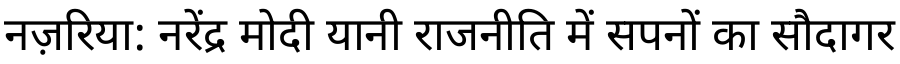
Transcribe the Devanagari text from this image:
नज़रिया: नरेंद्र मोदी यानी राजनीति में सपनों का सौदागर